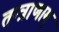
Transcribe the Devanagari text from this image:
तन्त्राणाम्